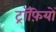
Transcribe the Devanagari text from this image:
ट्रॉफ़ियों